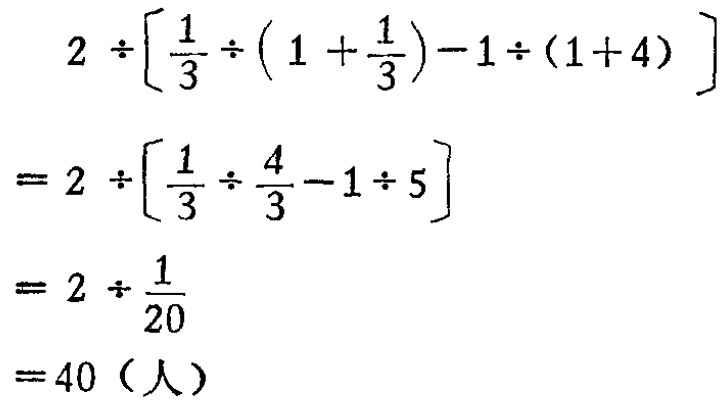
\[

\begin{align*}

&2\div\left[\frac{1}{3}\div\left(1 + \frac{1}{3}\right)-1\div(1 + 4)\right]\\

=&2\div\left[\frac{1}{3}\div\frac{4}{3}-1\div5\right]\\

=&2\div\frac{1}{20}\\

=&40（人）

\end{align*}

\]